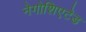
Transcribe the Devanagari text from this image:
नेगोशिएटेड